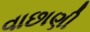
વાછાણી